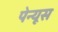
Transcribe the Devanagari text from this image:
पेन्यूस